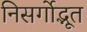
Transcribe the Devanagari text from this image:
निसर्गोद्भूत